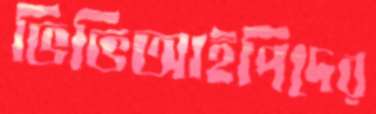
ভিভিআইপিদের